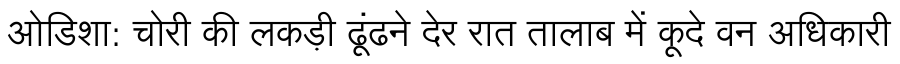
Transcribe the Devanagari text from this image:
ओडिशा: चोरी की लकड़ी ढूंढने देर रात तालाब में कूदे वन अधिकारी